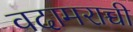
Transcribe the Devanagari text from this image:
वदामराच्ची